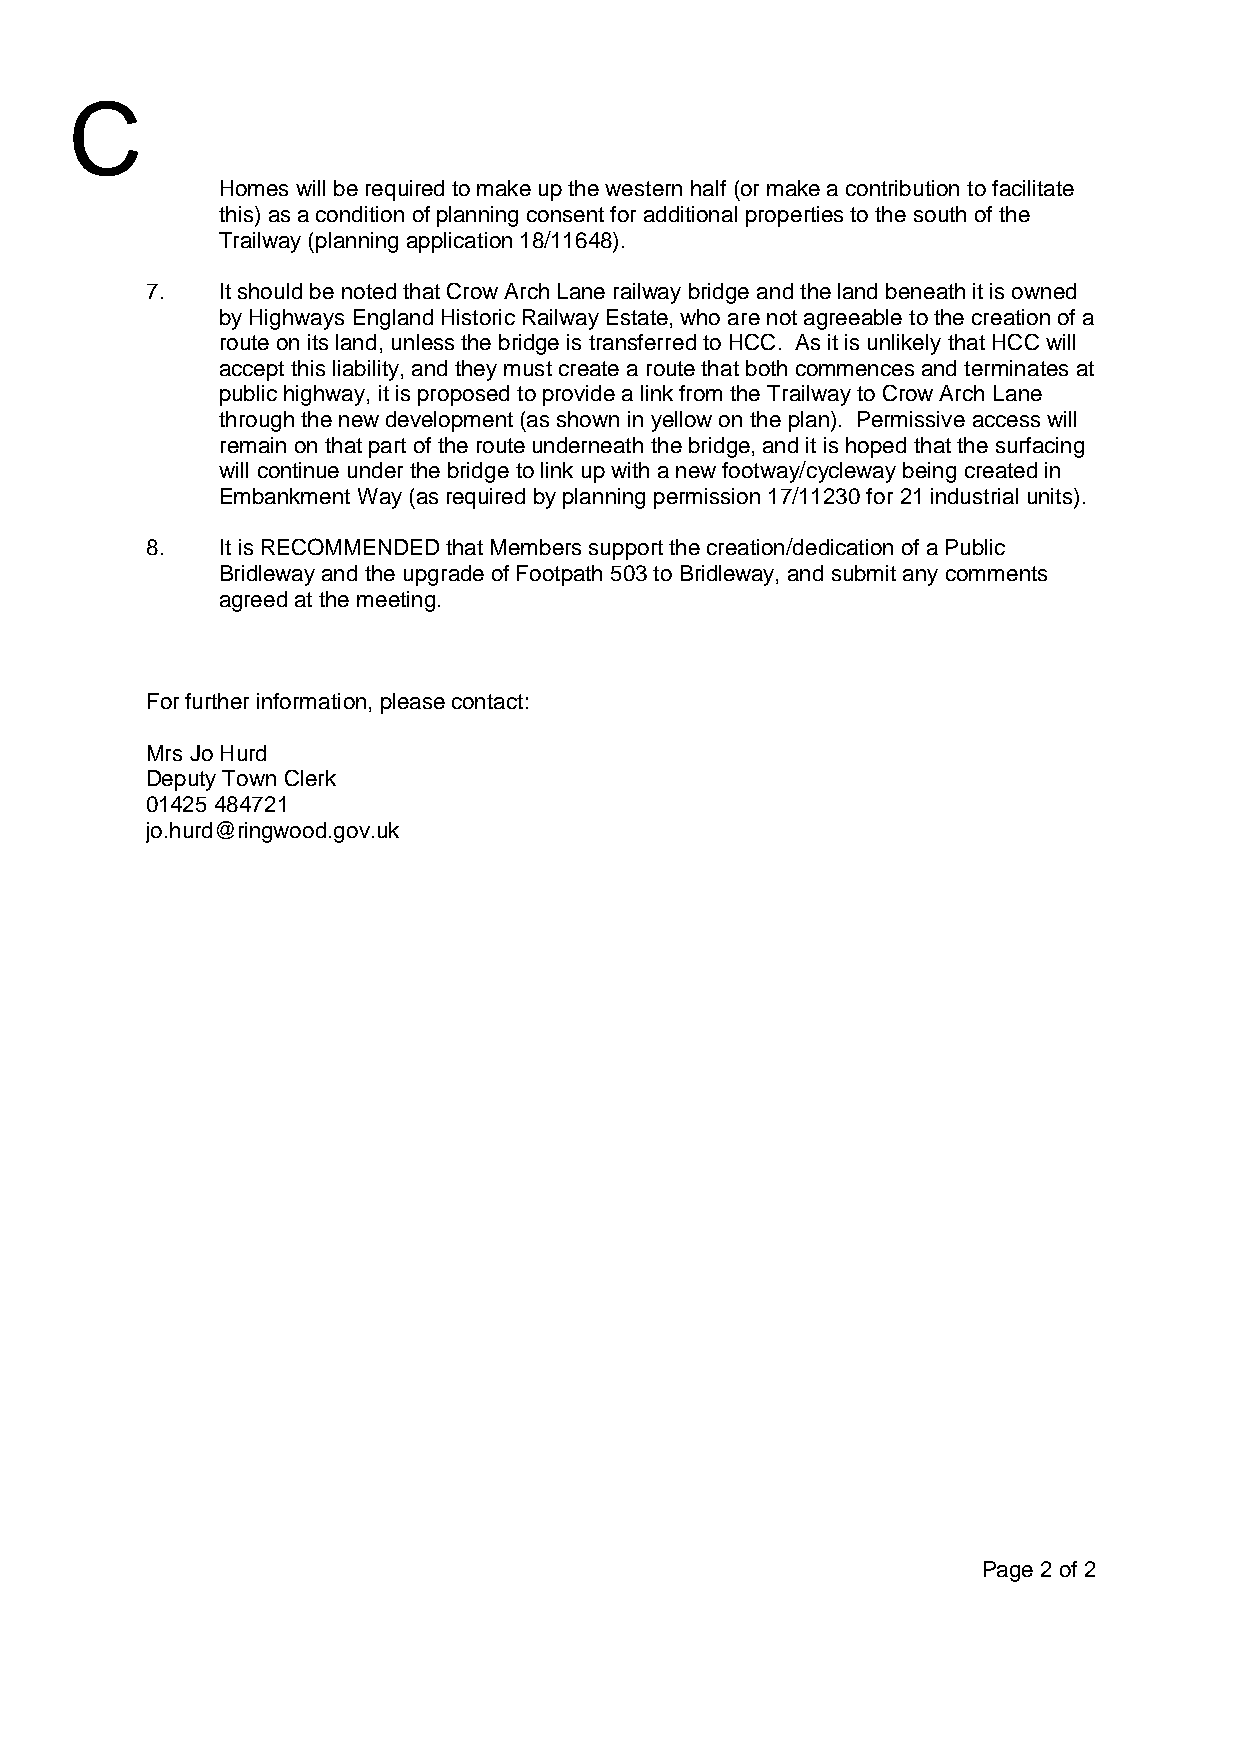
Homes will be required to make up the western half (or make a contribution to facilitate
 this) as a condition of planning consent for additional properties to the south of the
 Trailway (planning application 18/11648).
 7.  It should be noted that Crow Arch Lane railway bridge and the land beneath it is owned
 by Highways England Historic Railway Estate, who are not agreeable to the creation of a
 route on its land, unless the bridge is transferred to HCC. As it is unlikely that HCC will
 accept this liability, and they must create a route that both commences and terminates at
 public highway, it is proposed to provide a link from the Trailway to Crow Arch Lane
 through the new development (as shown in yellow on the plan). Permissive access will
 remain on that part of the route underneath the bridge, and it is hoped that the surfacing
 will continue under the bridge to link up with a new footway/cycleway being created in
 Embankment Way (as required by planning permission 17/11230 for 21 industrial units).
 8.  It is RECOMMENDED that Members support the creation/dedication of a Public
 Bridleway and the upgrade of Footpath 503 to Bridleway, and submit any comments
 agreed at the meeting.
 For further information, please contact:
 Mrs Jo Hurd
 Deputy Town Clerk
 01425 484721
 jo.hurd@ringwood.gov.uk
 Page 2 of 2